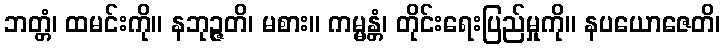
ဘတ္တံ၊ ထမင်းကို။ နဘုဉ္ဇတိ၊ မစား။ ကမ္မန္တံ၊ တိုင်းရေးပြည်မှုကို။ နပယောဇေတိ၊